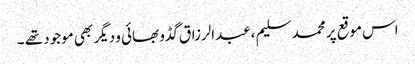
اس موقع پر محمد سلیم ،عبدالرزاق گڈو بھائی و دیگر بھی موجود تھے ۔